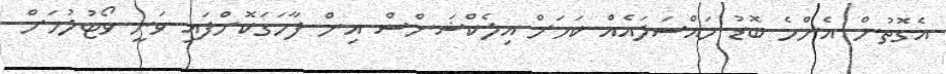
އެގޮތުން އެންމެ ބޮޑު މައްސަލައެއް ކަމަށް އިލެކްޝަންސް އިން ފާހަގަކޮށްފައި ވަނީ ވޯޓުލުމަށް